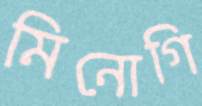
মিনোগি